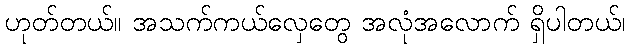
ဟုတ်တယ်။ အသက်ကယ်လှေတွေ အလုံအလောက် ရှိပါတယ်၊